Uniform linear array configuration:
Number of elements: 16
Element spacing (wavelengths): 0.75
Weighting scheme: hann
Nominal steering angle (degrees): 15
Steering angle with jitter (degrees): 13.199
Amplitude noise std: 0.05
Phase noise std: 0.05

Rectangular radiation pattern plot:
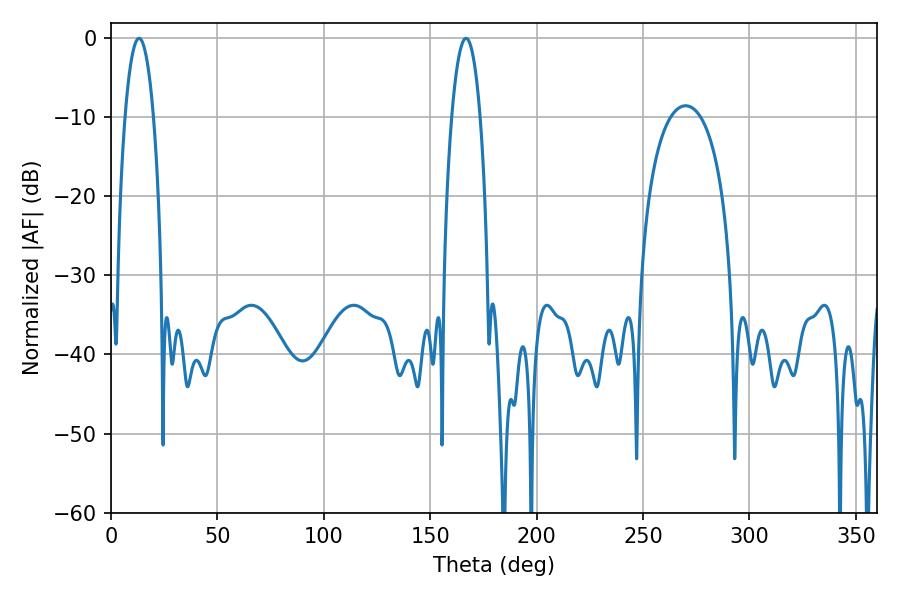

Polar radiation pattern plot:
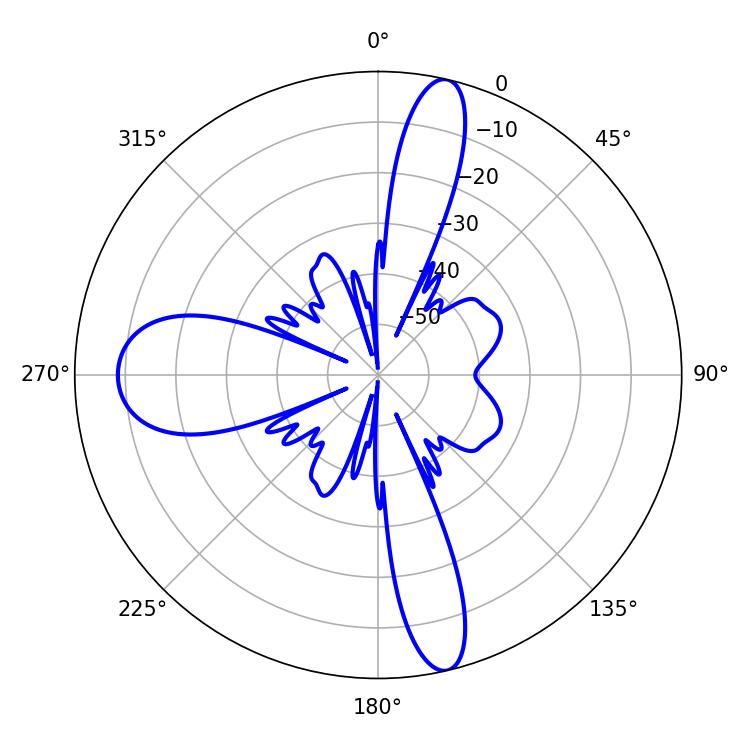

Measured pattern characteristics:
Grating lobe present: TRUE
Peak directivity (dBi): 21.283
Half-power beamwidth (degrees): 7.38
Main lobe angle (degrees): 13.14